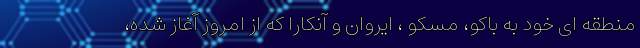
منطقه ای خود به باکو، مسکو ، ایروان و آنکارا که از امروز آغاز شده،